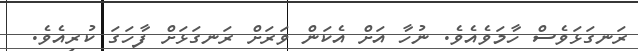
ރަނގަޅަވެސް ހާމަވެއެވެ. ނުހާ އަށް އެކަން ވަރަށް ރަނގަޅަށް ފާހަގަ ކުރިއެވެ.